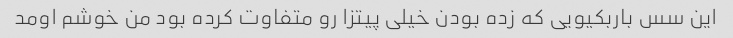
این سس باربکیویی که زده بودن خیلی پیتزا رو متفاوت کرده بود من خوشم اومد